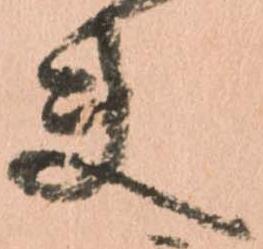
夫